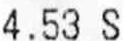
4.53 S